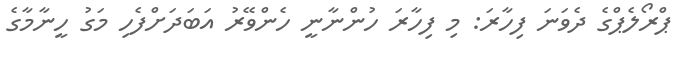
ޕްރޯލެޕްގެ ދެވަނަ ފިހާރަ: މި ފިހާރަ ހުންނާނީ ހެންވޭރު އަބަދަށްފެހި މަގު ހީނާމާގެ